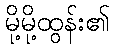
မို့မို့ထွန်း၏